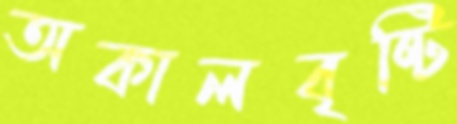
অকালবৃষ্টি